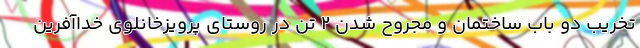
تخریب دو باب ساختمان و مجروح شدن 2 تن در روستای پرویزخانلوی خداآفرین